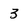
Character: 3